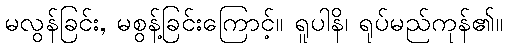
မလွန်ခြင်း, မစွန့်ခြင်းကြောင့်။ ရူပါနိ၊ ရုပ်မည်ကုန်၏။